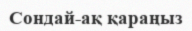
Сондай-ақ қараңыз